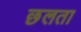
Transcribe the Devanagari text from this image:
छलता